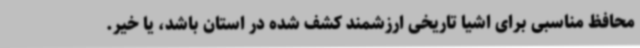
محافظ مناسبی برای اشیا تاریخی ارزشمند کشف شده در استان باشد، یا خیر.